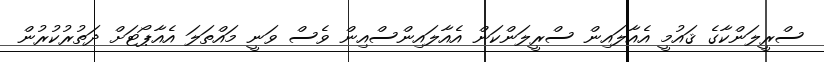
ސްރީލަންކާގެ ޤައުމީ އެއާލައިން ސްރީލަންކަން އެއާލައިންސްއިން ވެސް ވަނީ މައްތަލަ އެއާޕޯޓަށް ދަތުރުކުރުން